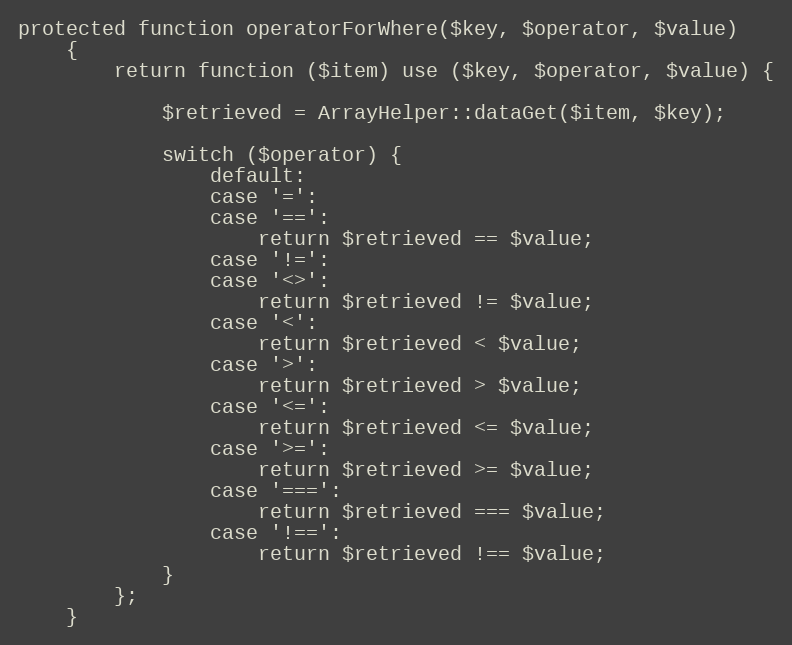
Language: PHP
protected function operatorForWhere($key, $operator, $value)
    {
        return function ($item) use ($key, $operator, $value) {

            $retrieved = ArrayHelper::dataGet($item, $key);

            switch ($operator) {
                default:
                case '=':
                case '==':
                    return $retrieved == $value;
                case '!=':
                case '<>':
                    return $retrieved != $value;
                case '<':
                    return $retrieved < $value;
                case '>':
                    return $retrieved > $value;
                case '<=':
                    return $retrieved <= $value;
                case '>=':
                    return $retrieved >= $value;
                case '===':
                    return $retrieved === $value;
                case '!==':
                    return $retrieved !== $value;
            }
        };
    }